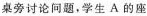
桌旁讨论问题，学生A的座